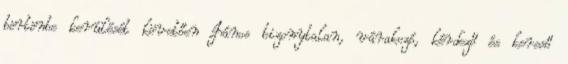
börtönbe kerülését követően János bizonytalan, várakozó, kérdező és kereső